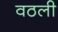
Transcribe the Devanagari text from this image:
वठली